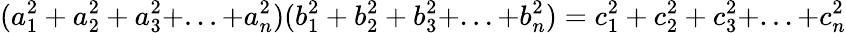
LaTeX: (a_{1}^{2}+a_{2}^{2}+a_{3}^{2}+...+a_{n}^{2})(b_{1}^{2}+b_{2}^{2}+b_{3}^{2}+...+b_{n}^{2})=c_{1}^{2}+c_{2}^{2}+c_{3}^{2}+...+c_{n}^{2}